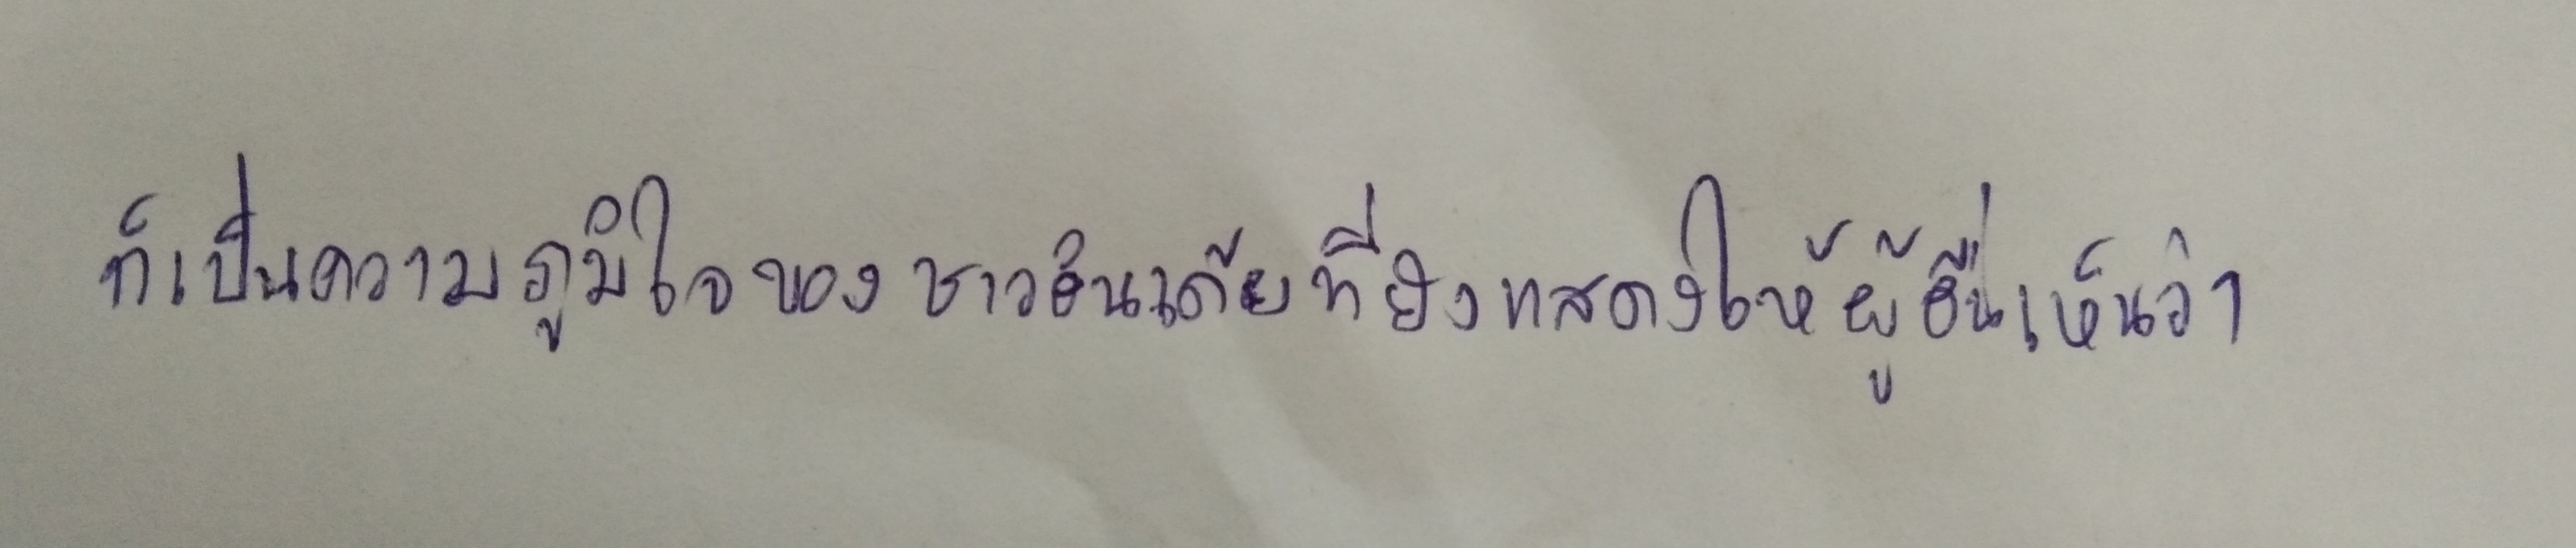
ก็เป็นความภูมิใจของชาวอินเดียที่ยังแสดงให้ผู้อื่นเห็นว่า